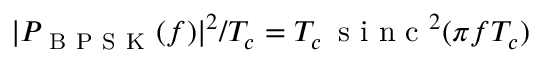
| P _ { \mathrm { ~ B ~ P ~ S ~ K ~ } } ( f ) | ^ { 2 } / T _ { c } = T _ { c } \, \mathrm { ~ s ~ i ~ n ~ c ~ } ^ { 2 } ( \pi f T _ { c } )